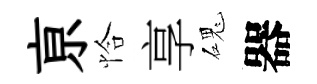
亰恰享磈器